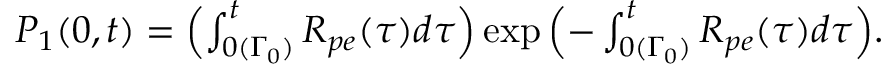
\begin{array} { r } { P _ { 1 } ( 0 , t ) = \Bigl ( \int _ { 0 ( \Gamma _ { 0 } ) } ^ { t } R _ { p e } ( \tau ) d \tau \Bigr ) \exp { \Bigl ( - \int _ { 0 ( \Gamma _ { 0 } ) } ^ { t } R _ { p e } ( \tau ) d \tau \Bigr ) } . } \end{array}